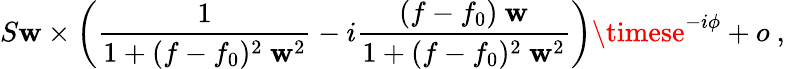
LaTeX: S\mathbf{w}\times\left(\frac{{1}}{{1+(f-f_{0})^{2}\ \mathbf{w}^{2}}}-i\frac{{(f-f_{0})\ \mathbf{w}}}{{1+(f-f_{0})^{2}\ \mathbf{w}^{2}}}\right)\timese^{-i\phi}+o\ ,